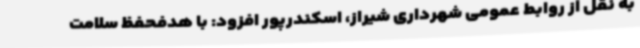
به نقل از روابط عمومی شهرداری شیراز، اسکندرپور افزود: با هدفحفظ سلامت